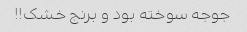
جوجه سوخته بود و برنج خشک!!